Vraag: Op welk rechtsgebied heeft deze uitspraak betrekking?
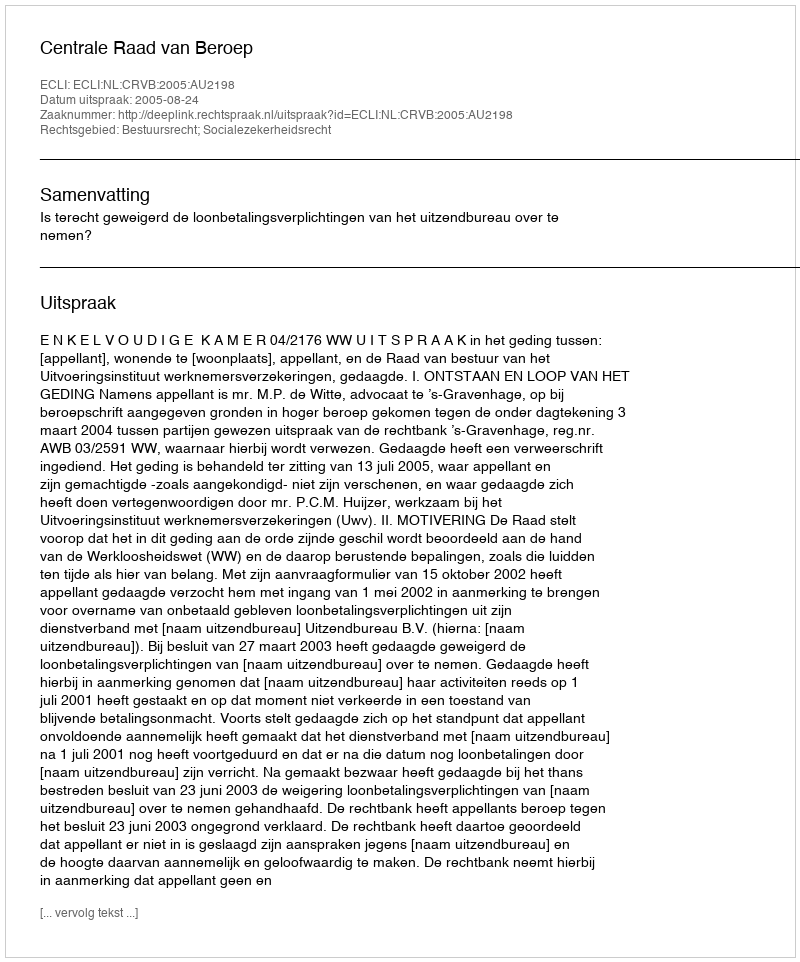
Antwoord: Bestuursrecht; Socialezekerheidsrecht